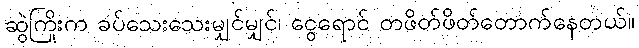
ဆွဲကြိုးက ခပ်သေးသေးမျှင်မျှင်၊ ငွေရောင် တဖိတ်ဖိတ်တောက်နေတယ်။